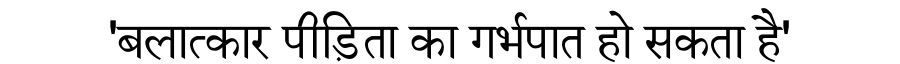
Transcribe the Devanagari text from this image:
'बलात्कार पीड़िता का गर्भपात हो सकता है'